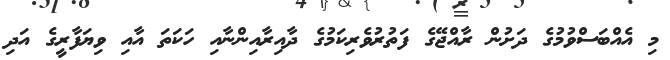
މި އެއްބަސްވުމުގެ ދަށުން ރާއްޖޭގެ ފަތުރުވެރިކަމުގެ ދާއިރާއިންނާއި ހަކަތަ އާއި ވިޔަފާރީގެ އަދި